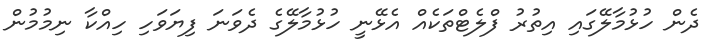
ދެން ހުުޅުމާލޭގައި އިތުރު ފްލެޓްތަކެއް އެޅޭނީ ހުޅުމާލޭގެ ދެވަނަ ފިޔަވަހި ހިއްކާ ނިމުމުން